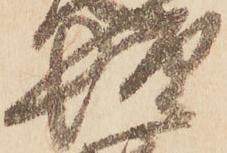
惶